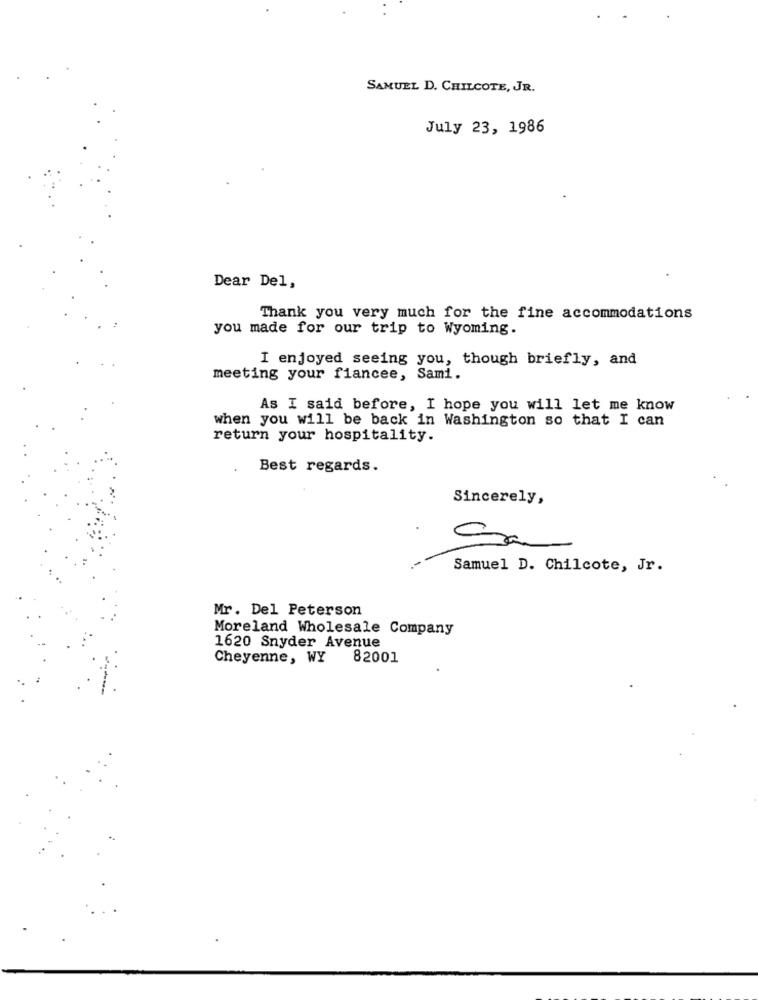
SAMUEL D. CHILCOTE, JR.
July 23, 1986
Dear Del,
Thank you very much for the fine accommodations
you made for our trip to Wyoming.
I enjoyed seeing you, though briefly, and
meeting your fiancee, Sami.
As I said before, I hope you will let me know
when you will be back in Washington so that I can
return your hospitality.
Best regards.
Sincerely,
Sa
Samuel D. Chilcote, Jr.
Mr. Del Peterson
Moreland Wholesale Company
1620 Snyder Avenue
Cheyenne, WY 82001